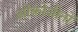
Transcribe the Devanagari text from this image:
ओंकोजीनों